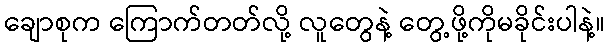
ချောစုက ကြောက်တတ်လို့ လူတွေနဲ့ တွေ့ဖို့ကိုမခိုင်းပါနဲ့။